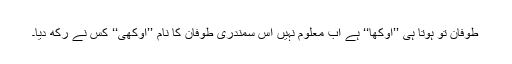
طوفان تو ہوتا ہی ’’اوکھا‘‘ ہے اب معلوم نہیں اس سمندری طوفان کا نام ’’اوکھی‘‘ کس نے رکھ دیا۔